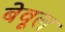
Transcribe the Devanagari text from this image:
बेवूल